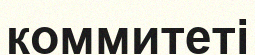
коммитеті